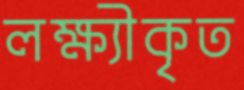
লক্ষ্যীকৃত